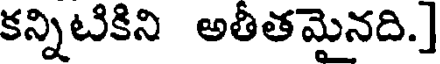
కన్నిటికిని అతీతమైనది.]